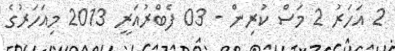
2 އަހަރު 2 މަސް ކުރިން - 03 ފެބްރުއަރީ 2013 މިއަހަރުގެ